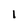
Character: l